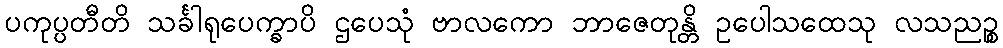
ပကုပ္ပတီတိ သင်္ခါရုပေက္ခာပိ ဌပေသုံ ဗာလကော ဘာဇေတုန္တိ ဥပေါသထေသု လသညဉ္စ